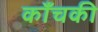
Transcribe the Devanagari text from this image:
काँचकी